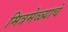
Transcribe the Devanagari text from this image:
मित्रमेळ्याचे